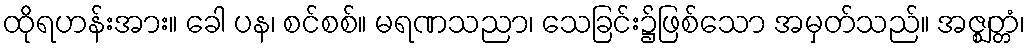
ထိုရဟန်းအား။ ခေါ ပန၊ စင်စစ်။ မရဏသညာ၊ သေခြင်း၌ဖြစ်သော အမှတ်သည်။ အဇ္ဈတ္တံ၊